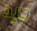
جيد